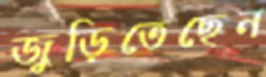
জুড়িতেছেন